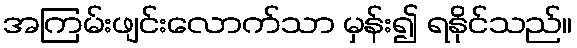
အကြမ်းဖျင်းလောက်သာ မှန်း၍ ရနိုင်သည်။